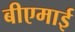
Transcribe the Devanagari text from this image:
बीएमाई